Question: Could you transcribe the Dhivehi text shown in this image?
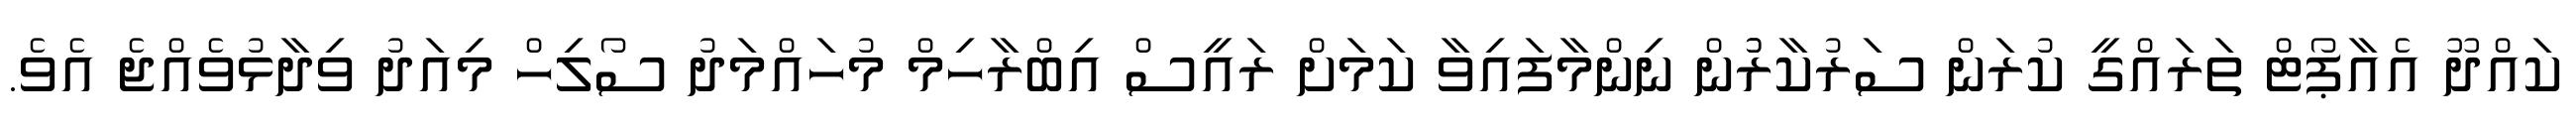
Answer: ކައްދޫ އެއާޕޯޓް ތަރައްގީ ކުރަން ސަރުކާރުުން ނިންމާފައިވާ ކަމަށް ރައީސް އިބްރާހިމް މުހައްމަދު ސޯލިހް މިއަދު ވިދާޅުވެއްޖެ އެވެ.